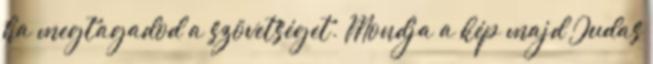
ha megtagadod a szövetséget. Mondja a kép majd Judas